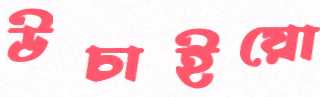
উচাইয়ো